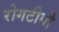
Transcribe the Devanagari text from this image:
रोगटीबी